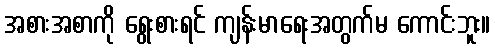
အစားအစာကို ရွေးစားရင် ကျန်းမာရေးအတွက်မ ကောင်းဘူး။